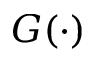
G ( \cdot )